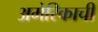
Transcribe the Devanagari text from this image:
अमेरिकाची